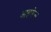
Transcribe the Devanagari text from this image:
आइफेल